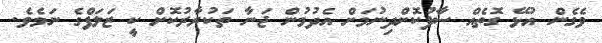
ވެގެން އުޅޭ ގޮތެއް ސާފުކޮށްދިނުމަށް އެދުމުން ޖަނާ ތަކުރާރުކޮށް ކީ ޒަލަފްގެ ނަމެވެ.